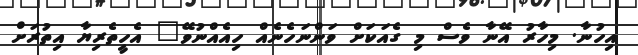
އިހުނާ. މިހާރު އޭނާ ވެސް މި ގެއަކަށް ވަންނަހެނެއް ހިއެއްނުވޭ" އެހީތެރިޔާ އިތުރަށް